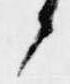
候